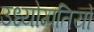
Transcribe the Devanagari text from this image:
उध्योग्पतियो